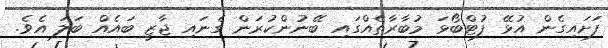
ފަށައިގެން އުޅޭ ފުޓްބޯޅަ މުބާރާތެއްގައި ބޭނުންކުރަން ގެނައި ޖާޒީ ބައެއް ބަލަ އެވެ.